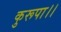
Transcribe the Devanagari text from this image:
कुरूपा।।